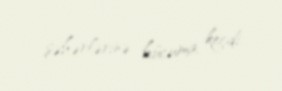
şəhərlərinə hücuma keçdi.